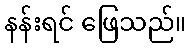
နန်းရင် ဖြေသည်။